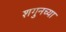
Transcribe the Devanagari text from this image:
शगुनच्या